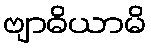
ဗျာဓိယာမိ